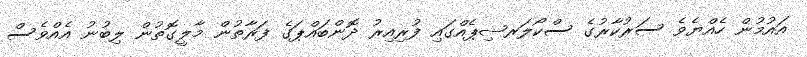
އައުމުން ހެއްޔެވެ ސަރުކާރުގެ ސްކޯލަރޝިޕެއްގައި ފުރިއިރު ދޮންބައްޕަގެ ފަރާތުން މާލީގޮތުން ލިބުނު އެއްވެސް